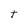
Character: t